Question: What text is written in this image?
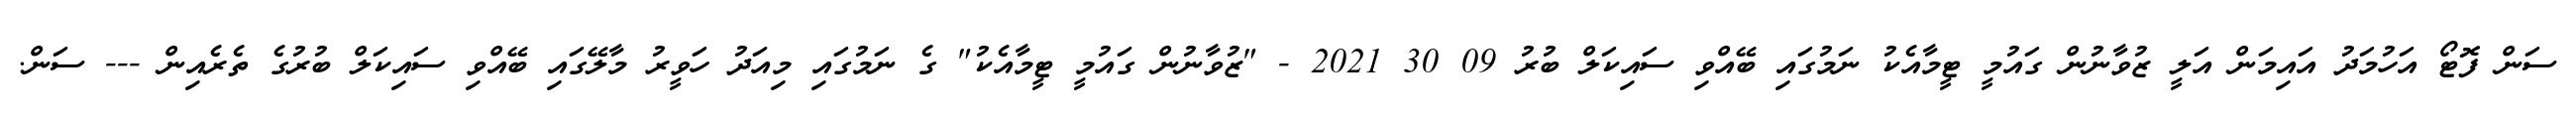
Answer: ސަން ފޮޓޯ އަހުމަދު އައިމަން އަލީ ޒުވާނުން ގައުމީ ޓީމާއެކު ނަމުގައި ބޭއްވި ސައިކަލް ބުރު 09 30 2021 - "ޒުވާނުން ގައުމީ ޓީމާއެކު" ގެ ނަމުގައި މިއަދު ހަވީރު މާލޭގައި ބޭއްވި ސައިކަލް ބުރުގެ ތެރެއިން --- ސަން.